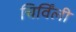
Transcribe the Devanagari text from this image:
चिर्विंली